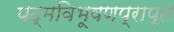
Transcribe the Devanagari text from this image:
पद्मविभूषणप्राप्त